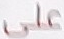
على